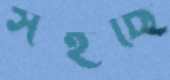
সইছি